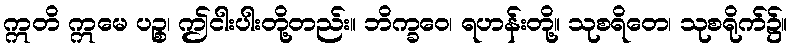
ဣတိ ဣမေ ပဉ္စ၊ ဤငါးပါးတို့တည်း။ ဘိက္ခဝေ၊ ရဟန်းတို့။ သုစရိတေ၊ သုစရိုက်၌။